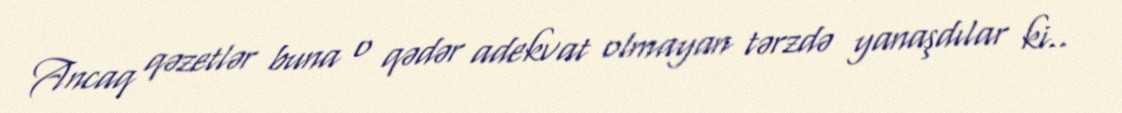
Ancaq qəzetlər buna o qədər adekvat olmayan tərzdə yanaşdılar ki..